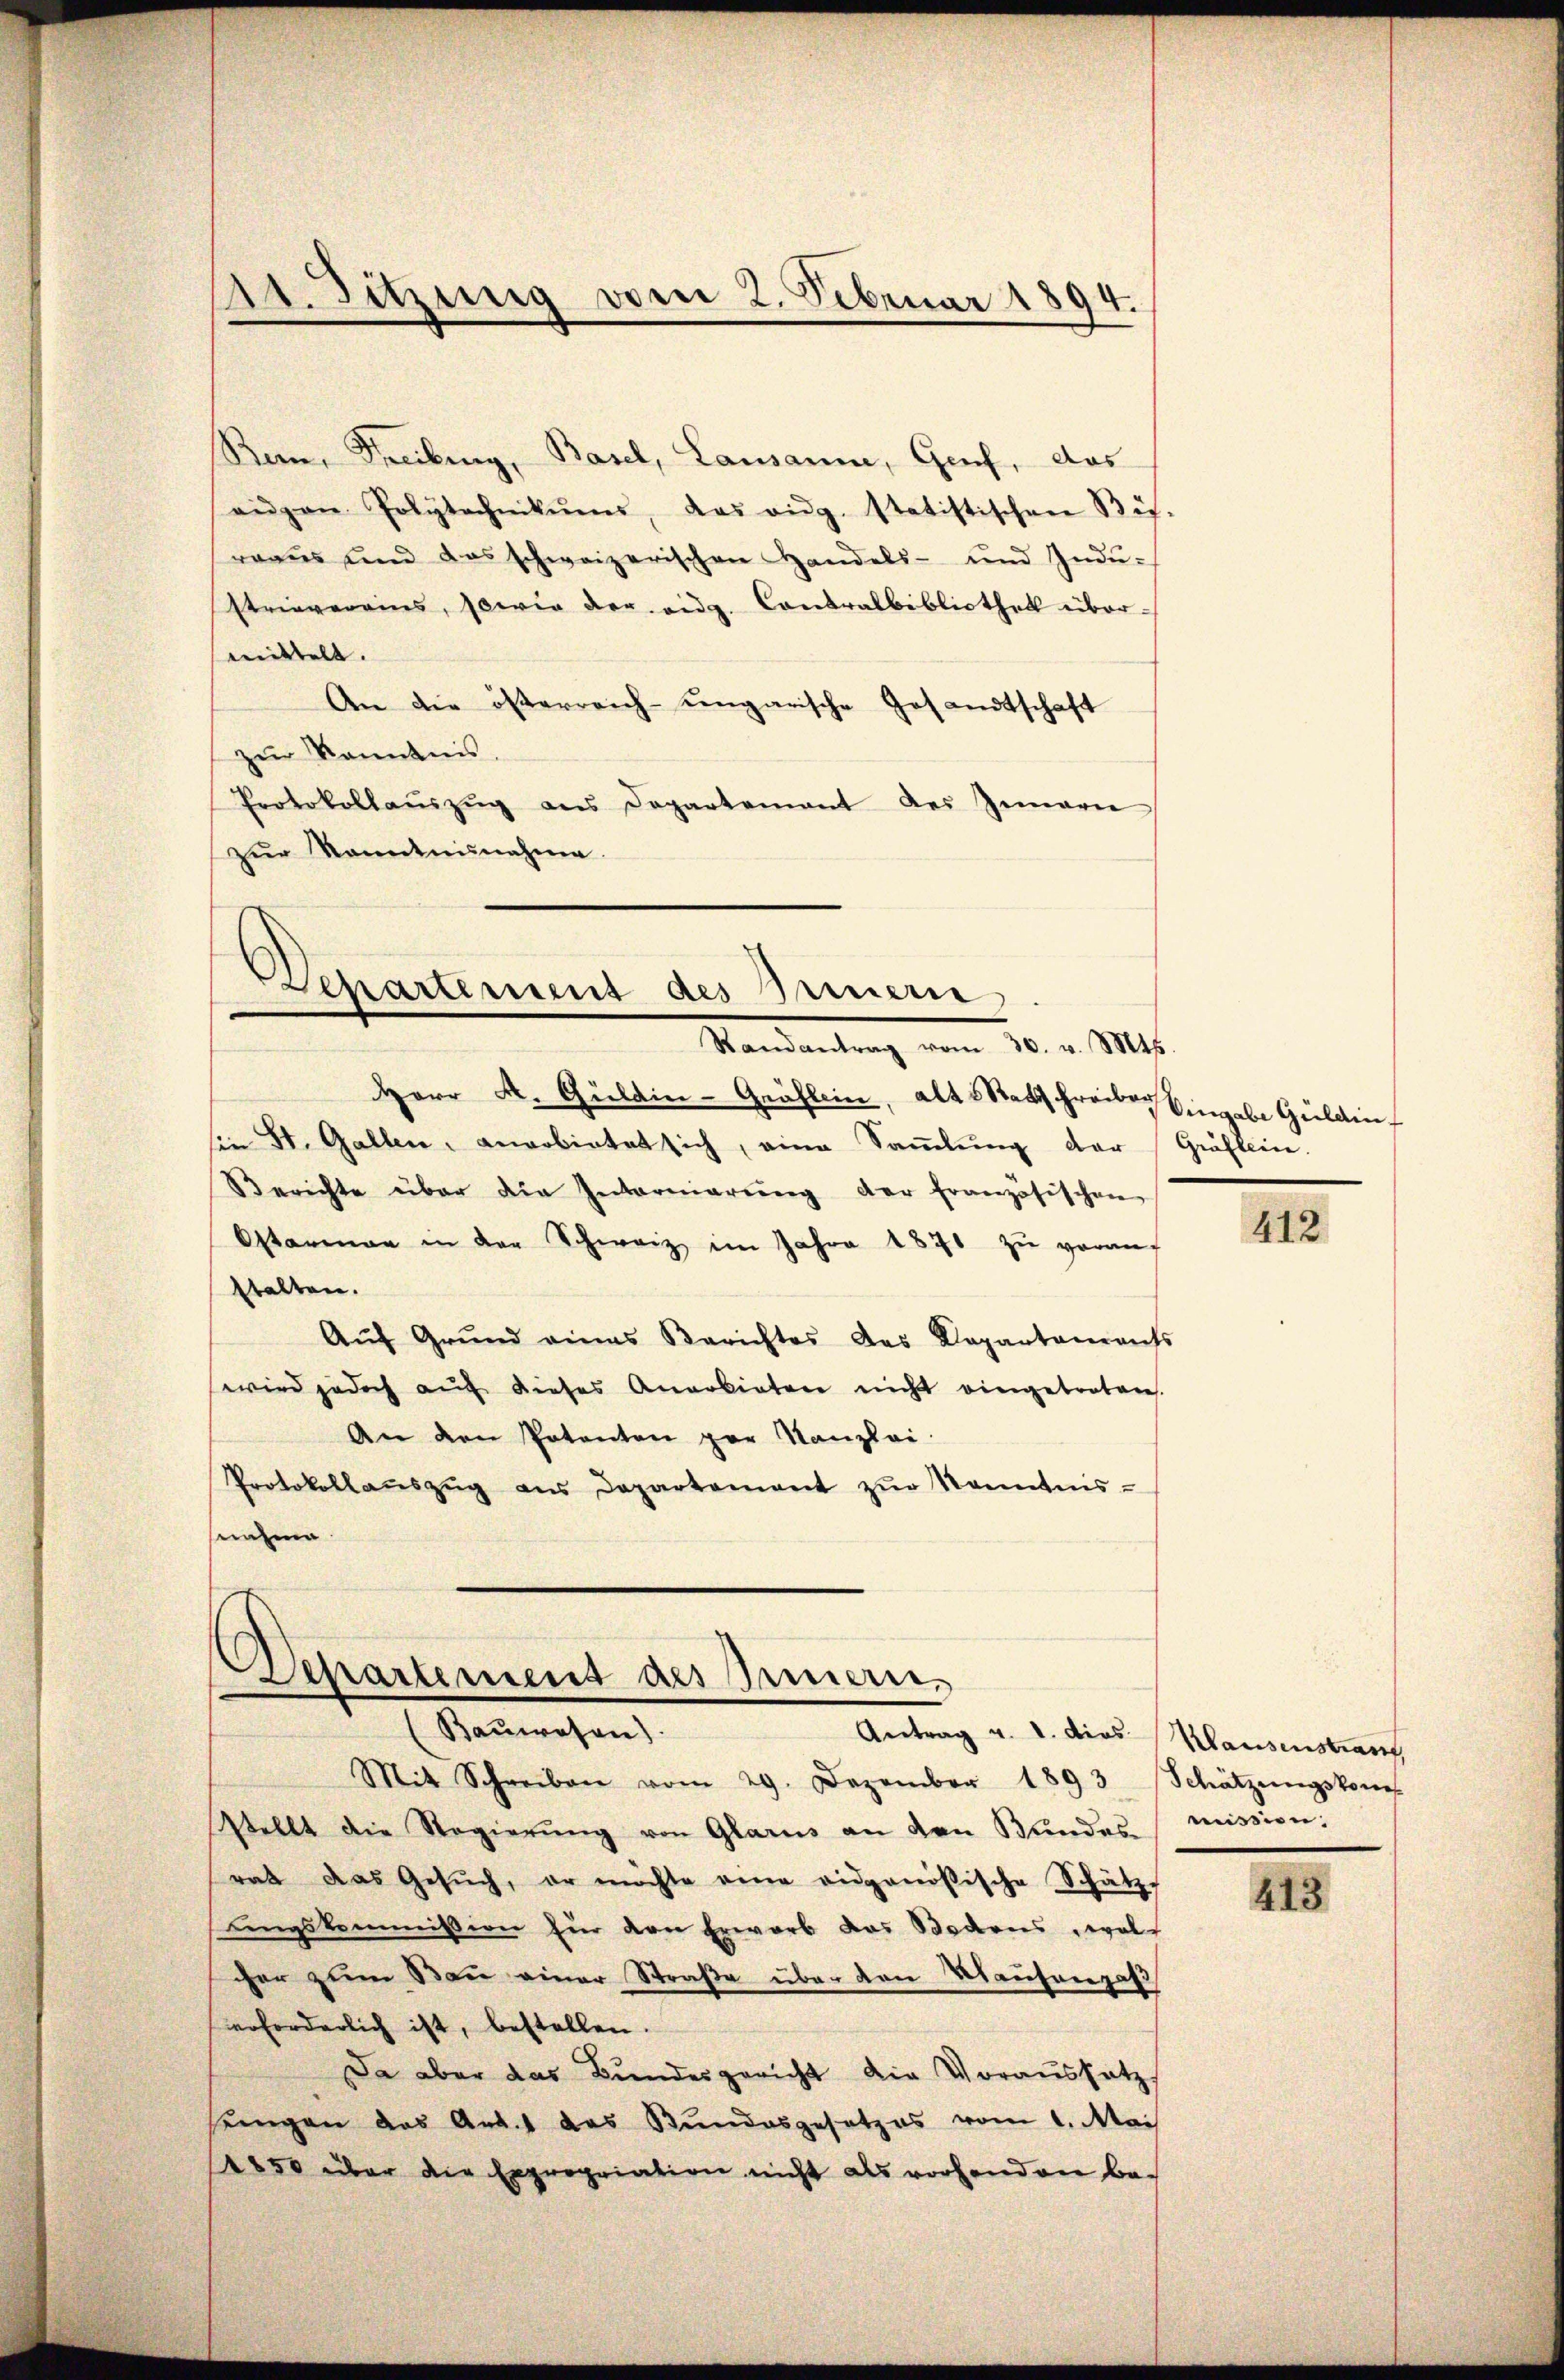
Bern, Freiburg, Basel, Lausanne, Genf, das
aigen Polytechnikums, das eidg. statistischen Bü-
raaus und das schweizerischen Handels- und Indŭ-
strieverains, sowie der eidg. Contralbibliothek über-
mittelt.
An die österreich-ungarische Gesandtschaft
zur Kenntnis.
Protokollaŭszŭg ans Departement des Zimarie
zŭr Kenntnisnahme.

11. Sitzung vom 2. Februar 1894.

Departement des Innern,
Randantrag vom 30. v. Mts.

Herr M. Guldin-Gräflein, alt Ratsschreiben Eingabe Gulden
sie St. Gallen, anerbietet sich, eine Sammlung der Gräflein.
Berichte über die Internierŭng der französischen
Osterman in der Schweiz im Jahre 1870 zŭ veran-
stalten.
Aŭf Grŭnd eines Berichtes das Departaments
wird jedoch auf dieses Anerbieten nicht eingetretens.
An den Potenten par Kanzlei-
Protokollaŭszŭg ans Departement zŭr Kenntnis-
na

Separtement des Armen,
(Baŭwesen).
Mit Schreiben vom 29. Dezember 1893 Schätzŭngskom

Antrag v. 1. dies Hausenstrant
Stellt die Regierŭng von Glarus an den Bundes-
rat das Gesŭch, er möchte eine eidgenößische Schätzdingskommission für den Erwarb das Bodens, wol
cher zum San einer Straße über den Kaufengas
erforderlich ist, bestellen.
Da aber das Bundesgericht die Voraussatz,
jeingen das Art. 1 das Bundesgesetzes vom 1. Mai
850 über die Expropriation nicht als vorhanden be-

II.

mission,

I